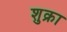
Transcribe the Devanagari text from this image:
शुक्रा